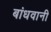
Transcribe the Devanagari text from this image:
बांधवानी